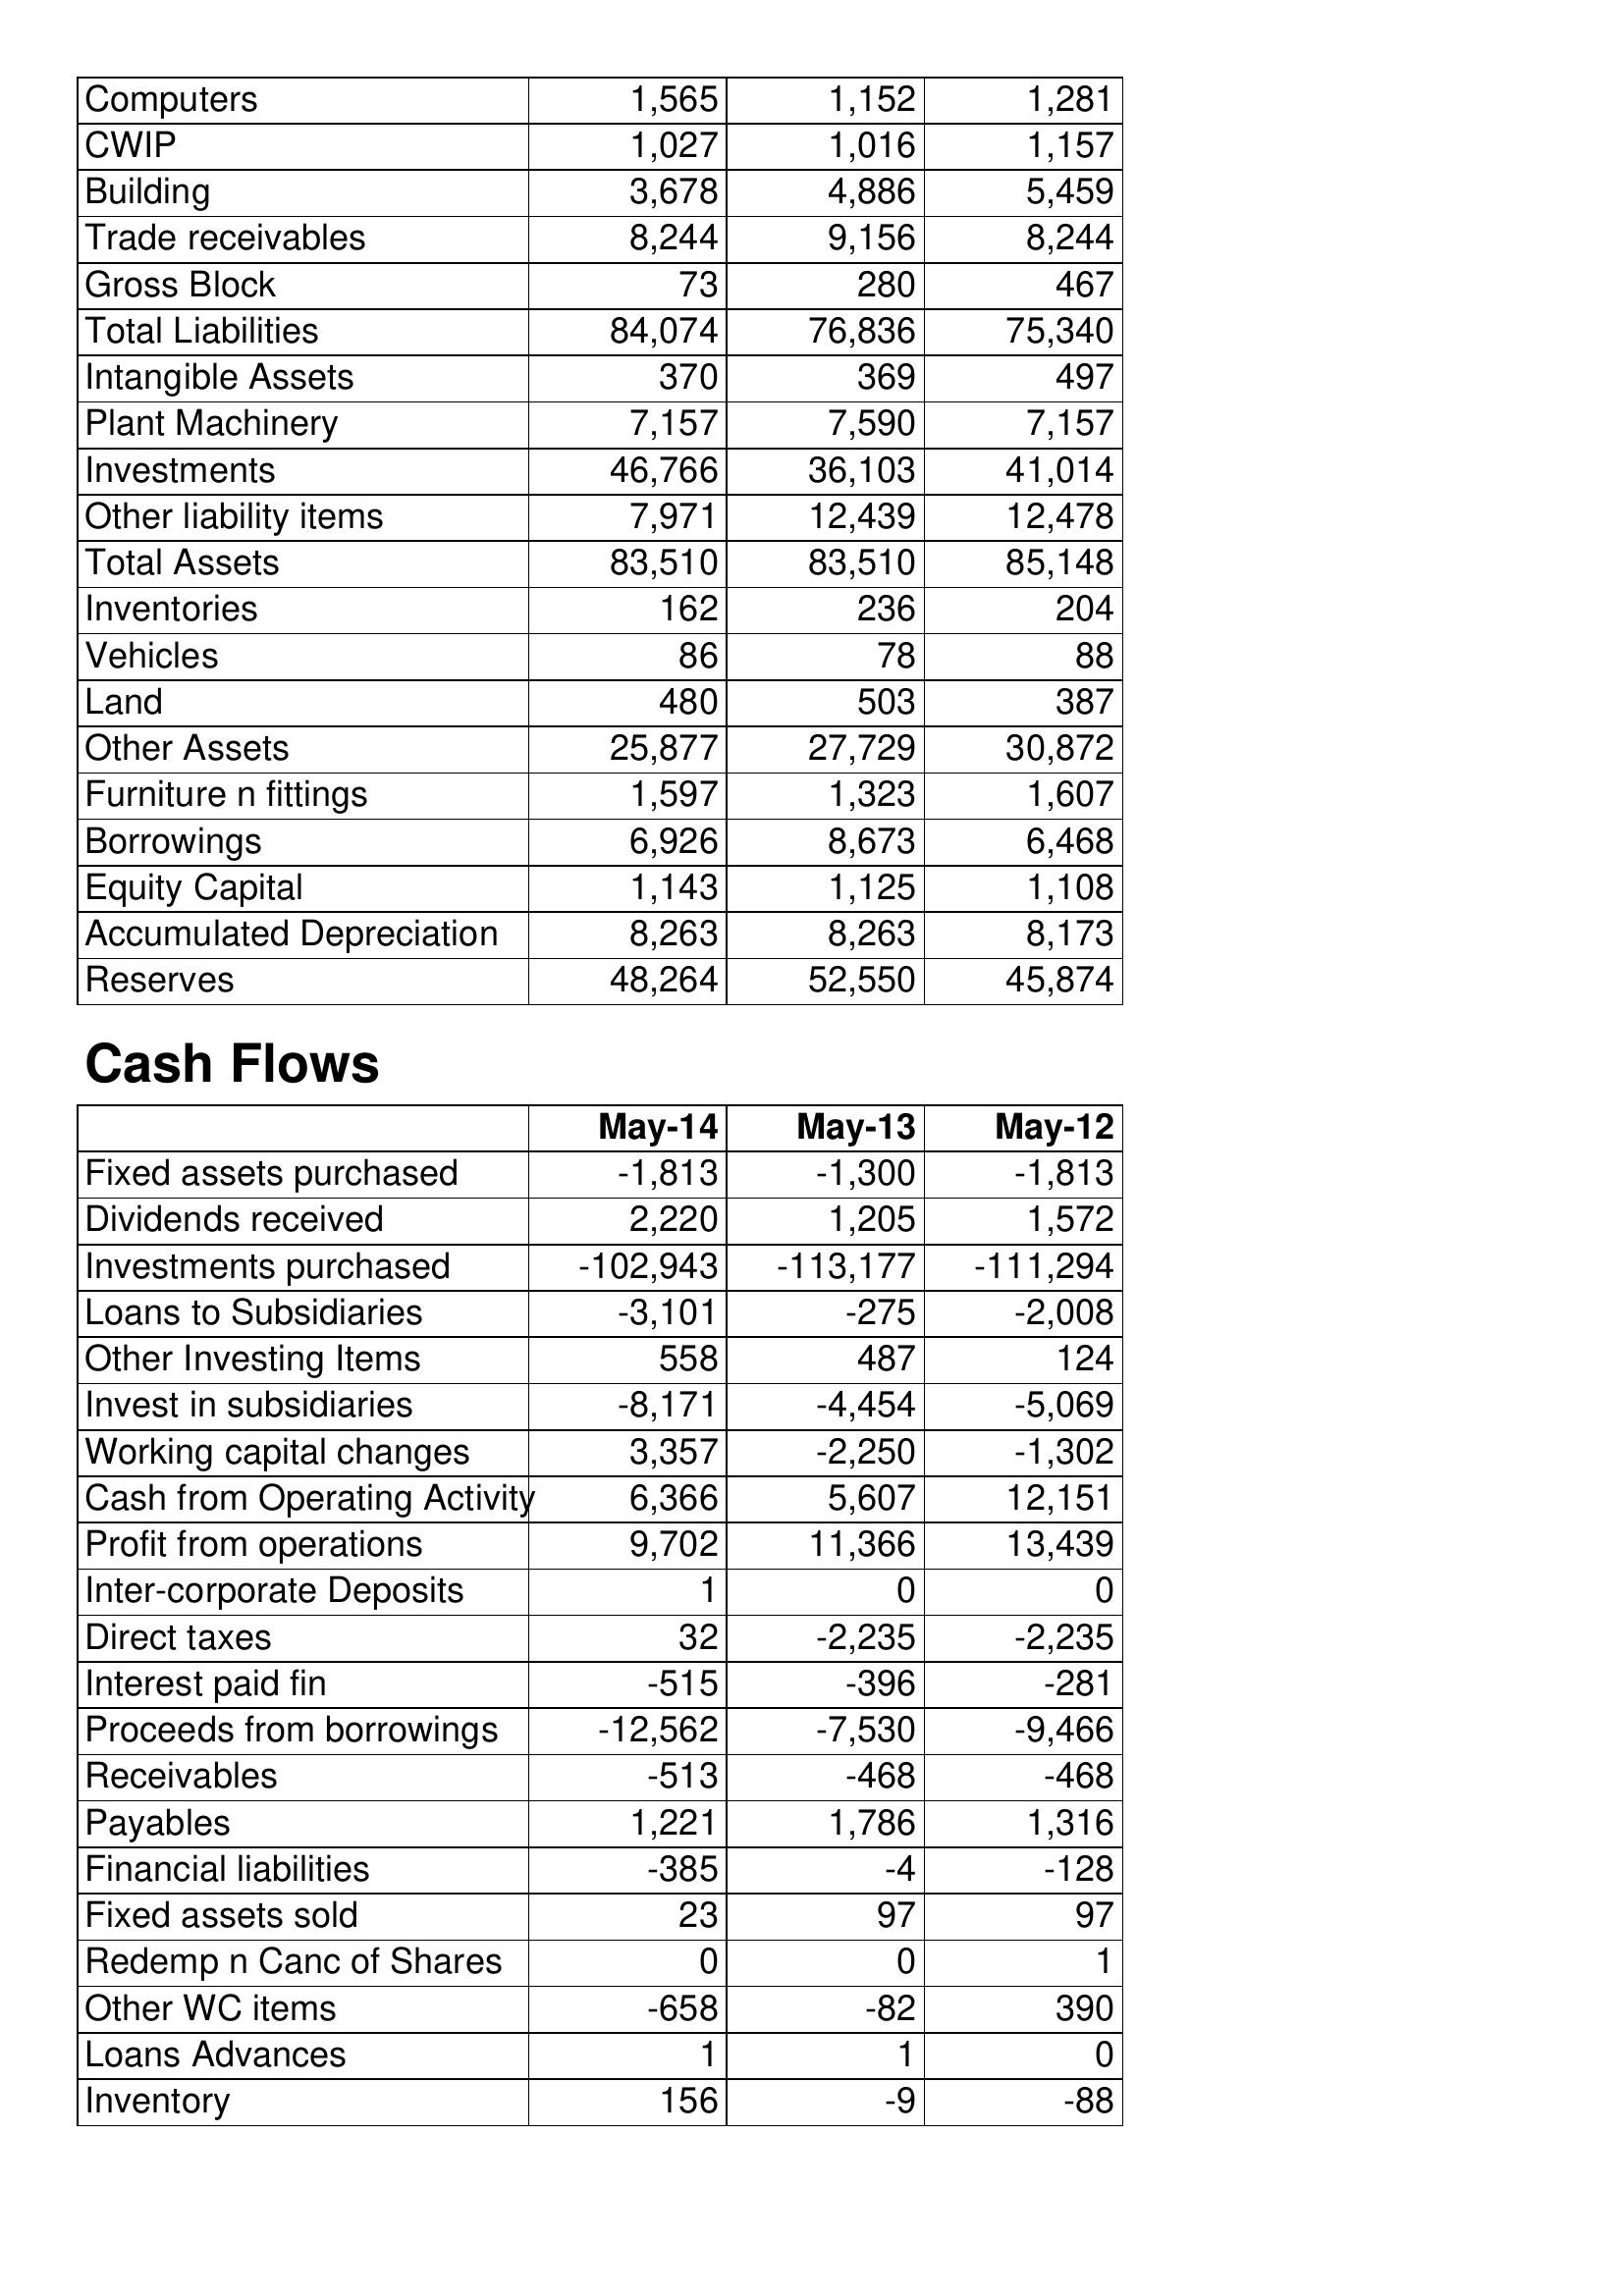
May-14: Balance Sheet: Computers: 1,565
CWIP: 1,027
Building: 3,678
Trade receivables: 8,244
Gross Block: 73
Total Liabilities: 84,074
Intangible Assets: 370
Plant Machinery: 7,157
Investments: 46,766
Other liability items: 7,971
Total Assets: 83,510
Inventories: 162
Vehicles: 86
Land: 480
Other Assets: 25,877
Furniture n fittings: 1,597
Borrowings: 6,926
Equity Capital: 1,143
Accumulated Depreciation: 8,263
Reserves: 48,264
Cash Flows: Fixed assets purchased: -1,813
Dividends received: 2,220
Investments purchased: -102,943
Loans to Subsidiaries: -3,101
Other Investing Items: 558
Invest in subsidiaries: -8,171
Working capital changes: 3,357
Cash from Operating Activity: 6,366
Profit from operations: 9,702
Inter-corporate Deposits: 1
Direct taxes: 32
Interest paid fin: -515
Proceeds from borrowings: -12,562
Receivables: -513
Payables: 1,221
Financial liabilities: -385
Fixed assets sold: 23
Redemp n Canc of Shares: 0
Other WC items: -658
Loans Advances: 1
Inventory: 156
May-13: Balance Sheet: Computers: 1,152
CWIP: 1,016
Building: 4,886
Trade receivables: 9,156
Gross Block: 280
Total Liabilities: 76,836
Intangible Assets: 369
Plant Machinery: 7,590
Investments: 36,103
Other liability items: 12,439
Total Assets: 83,510
Inventories: 236
Vehicles: 78
Land: 503
Other Assets: 27,729
Furniture n fittings: 1,323
Borrowings: 8,673
Equity Capital: 1,125
Accumulated Depreciation: 8,263
Reserves: 52,550
Cash Flows: Fixed assets purchased: -1,300
Dividends received: 1,205
Investments purchased: -113,177
Loans to Subsidiaries: -275
Other Investing Items: 487
Invest in subsidiaries: -4,454
Working capital changes: -2,250
Cash from Operating Activity: 5,607
Profit from operations: 11,366
Inter-corporate Deposits: 0
Direct taxes: -2,235
Interest paid fin: -396
Proceeds from borrowings: -7,530
Receivables: -468
Payables: 1,786
Financial liabilities: -4
Fixed assets sold: 97
Redemp n Canc of Shares: 0
Other WC items: -82
Loans Advances: 1
Inventory: -9
May-12: Balance Sheet: Computers: 1,281
CWIP: 1,157
Building: 5,459
Trade receivables: 8,244
Gross Block: 467
Total Liabilities: 75,340
Intangible Assets: 497
Plant Machinery: 7,157
Investments: 41,014
Other liability items: 12,478
Total Assets: 85,148
Inventories: 204
Vehicles: 88
Land: 387
Other Assets: 30,872
Furniture n fittings: 1,607
Borrowings: 6,468
Equity Capital: 1,108
Accumulated Depreciation: 8,173
Reserves: 45,874
Cash Flows: Fixed assets purchased: -1,813
Dividends received: 1,572
Investments purchased: -111,294
Loans to Subsidiaries: -2,008
Other Investing Items: 124
Invest in subsidiaries: -5,069
Working capital changes: -1,302
Cash from Operating Activity: 12,151
Profit from operations: 13,439
Inter-corporate Deposits: 0
Direct taxes: -2,235
Interest paid fin: -281
Proceeds from borrowings: -9,466
Receivables: -468
Payables: 1,316
Financial liabilities: -128
Fixed assets sold: 97
Redemp n Canc of Shares: 1
Other WC items: 390
Loans Advances: 0
Inventory: -88